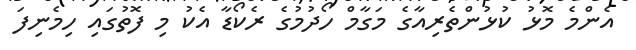
އެންމެ މޮޅު ކުޅުންތެރިއާގެ މަގާމް ހޯދުމުގެ ރެކޯޑާ އެކު މި ފޮތުގައި ހިމެނިފަ